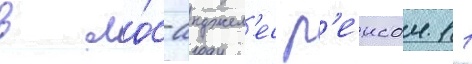
в ло́с-анджел'ес р'еисом 11